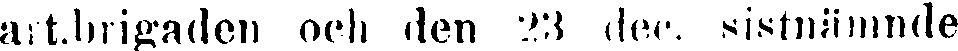
art.brigaden och den 23 dec. sistnämnde